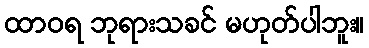
ထာဝရ ဘုရားသခင် မဟုတ်ပါဘူး။